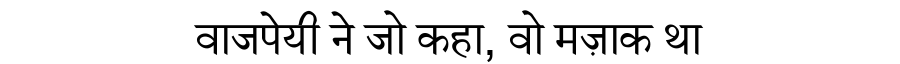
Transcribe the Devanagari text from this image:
वाजपेयी ने जो कहा, वो मज़ाक था